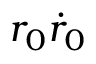
r _ { 0 } \dot { r } _ { 0 }